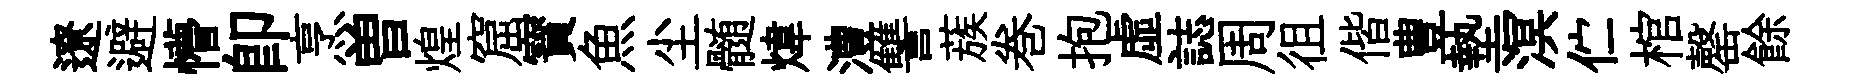
遼避懵即烹曽煌窟寳魚尘髄煒澧讐蔟巻抱虚誌周徂偕豊墊溟伫棺罄餘